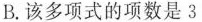
B.该多项式的项数是3